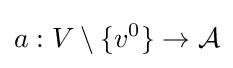
a:V\setminus \{v^{0}\}\rightarrow {\mathcal {A}}